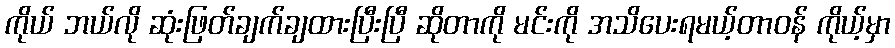
ကိုယ် ဘယ်လို ဆုံးဖြတ်ချက်ချထားပြီးပြီ ဆိုတာကို မင်းကို အသိပေးရမယ့်တာဝန် ကိုယ့်မှာ